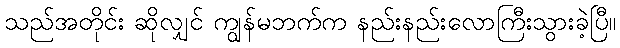
သည်အတိုင်း ဆိုလျှင် ကျွန်မဘက်က နည်းနည်းလောကြီးသွားခဲ့ပြီ။